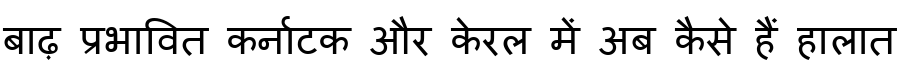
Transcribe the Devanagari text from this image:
बाढ़ प्रभावित कर्नाटक और केरल में अब कैसे हैं हालात